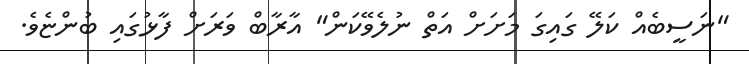
"ނަސީބެއް ކަލޭ ގައިގަ މަށަށް އަތް ނުލެވޭކަން" އާރާބް ވަރަށް ފާޅުގައި ބުންޏެވެ.